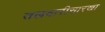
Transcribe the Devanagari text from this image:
तलवारीसारखा